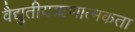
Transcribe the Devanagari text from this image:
वैद्युतीयऋणात्मकता